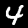
Label: 4